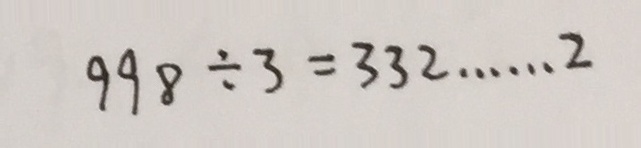
9 9 8 \div 3 = 3 3 2 \cdots 2